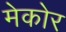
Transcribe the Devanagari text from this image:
मेकोर